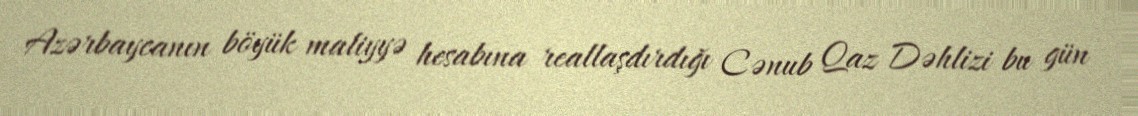
Azərbaycanın böyük maliyyə hesabına reallaşdırdığı Cənub Qaz Dəhlizi bu gün